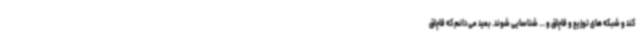
کند و شبکه های توزیع و قاچاق و ... شناسایی شوند. بعید می دانم که قاچاق